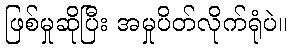
ဖြစ်မှုဆိုပြီး အမှုပိတ်လိုက်ရုံပဲ။